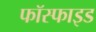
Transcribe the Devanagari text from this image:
फॉस्फाइड